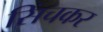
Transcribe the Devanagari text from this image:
सिंचकर